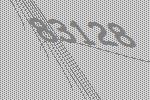
83128